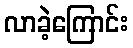
လာခဲ့ကြောင်း